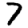
Digit: 7